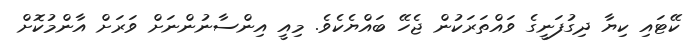
ކޭޓައި ކިޔާ ދިގުފަނީގެ ވައްތަރަކުން ޖެހޭ ބައްޔެކެވެ. މިއީ އިންސާނުންނަށް ވަރަށް އާންމުކޮށް